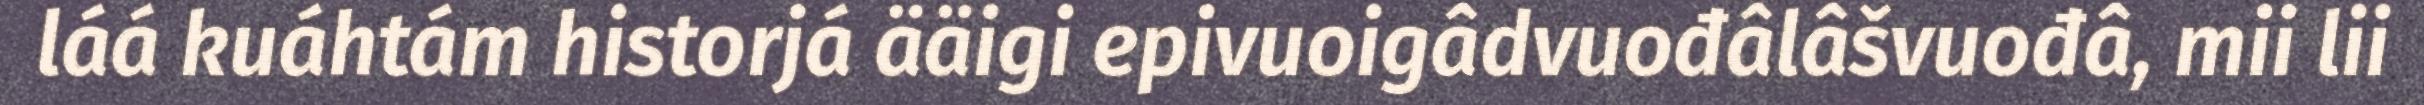
láá kuáhtám historjá ääigi epivuoigâdvuođâlâšvuođâ, mii lii